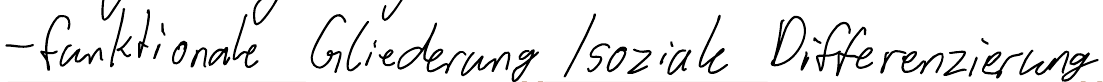
- funktionale Gliederung / soziale Differenzierung